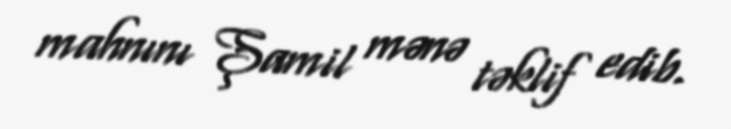
mahnını Şamil mənə təklif edib.